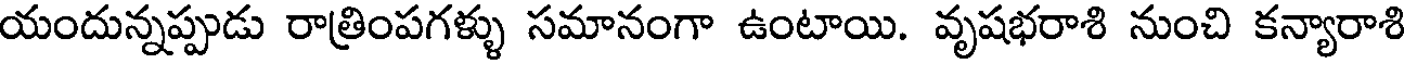
యందున్నప్పుడు రాత్రింపగళ్ళు సమానంగా ఉంటాయి. వృషభరాశి నుంచి కన్యారాశి